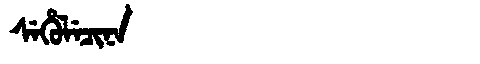
Manchu: ᠰᡝᡥᡠᠯᡝᠴᡳᠨᠠ
Romanization: SEHULECINA